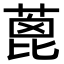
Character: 蓖